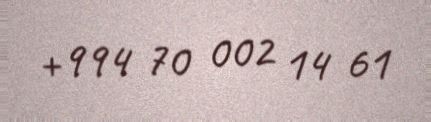
+994 70 002 14 61